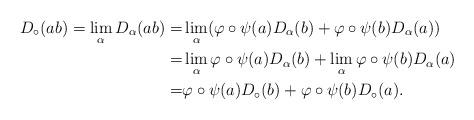
LaTeX: \begin{align*}D_{\circ}(ab)=\lim_{\alpha}D_{\alpha}(ab)=&\lim_{\alpha}(\varphi\circ\psi(a)D_{\alpha}(b)+\varphi\circ\psi(b)D_{\alpha}(a))\\=&\lim_{\alpha}\varphi\circ\psi(a)D_{\alpha}(b)+\lim_{\alpha}\varphi\circ\psi(b)D_{\alpha}(a)\\=&\varphi\circ\psi(a)D_{\circ}(b)+\varphi\circ\psi(b)D_{\circ}(a).\end{align*}